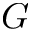
\boldsymbol { G }